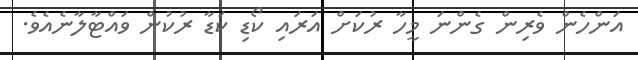
އަންހެން ވެރިން ގެންނަ މީހާ ރުކަށް އަރައި ކޯޑި ކަޑާ ރުކުން ވައްޓާލާނެއެވެ.